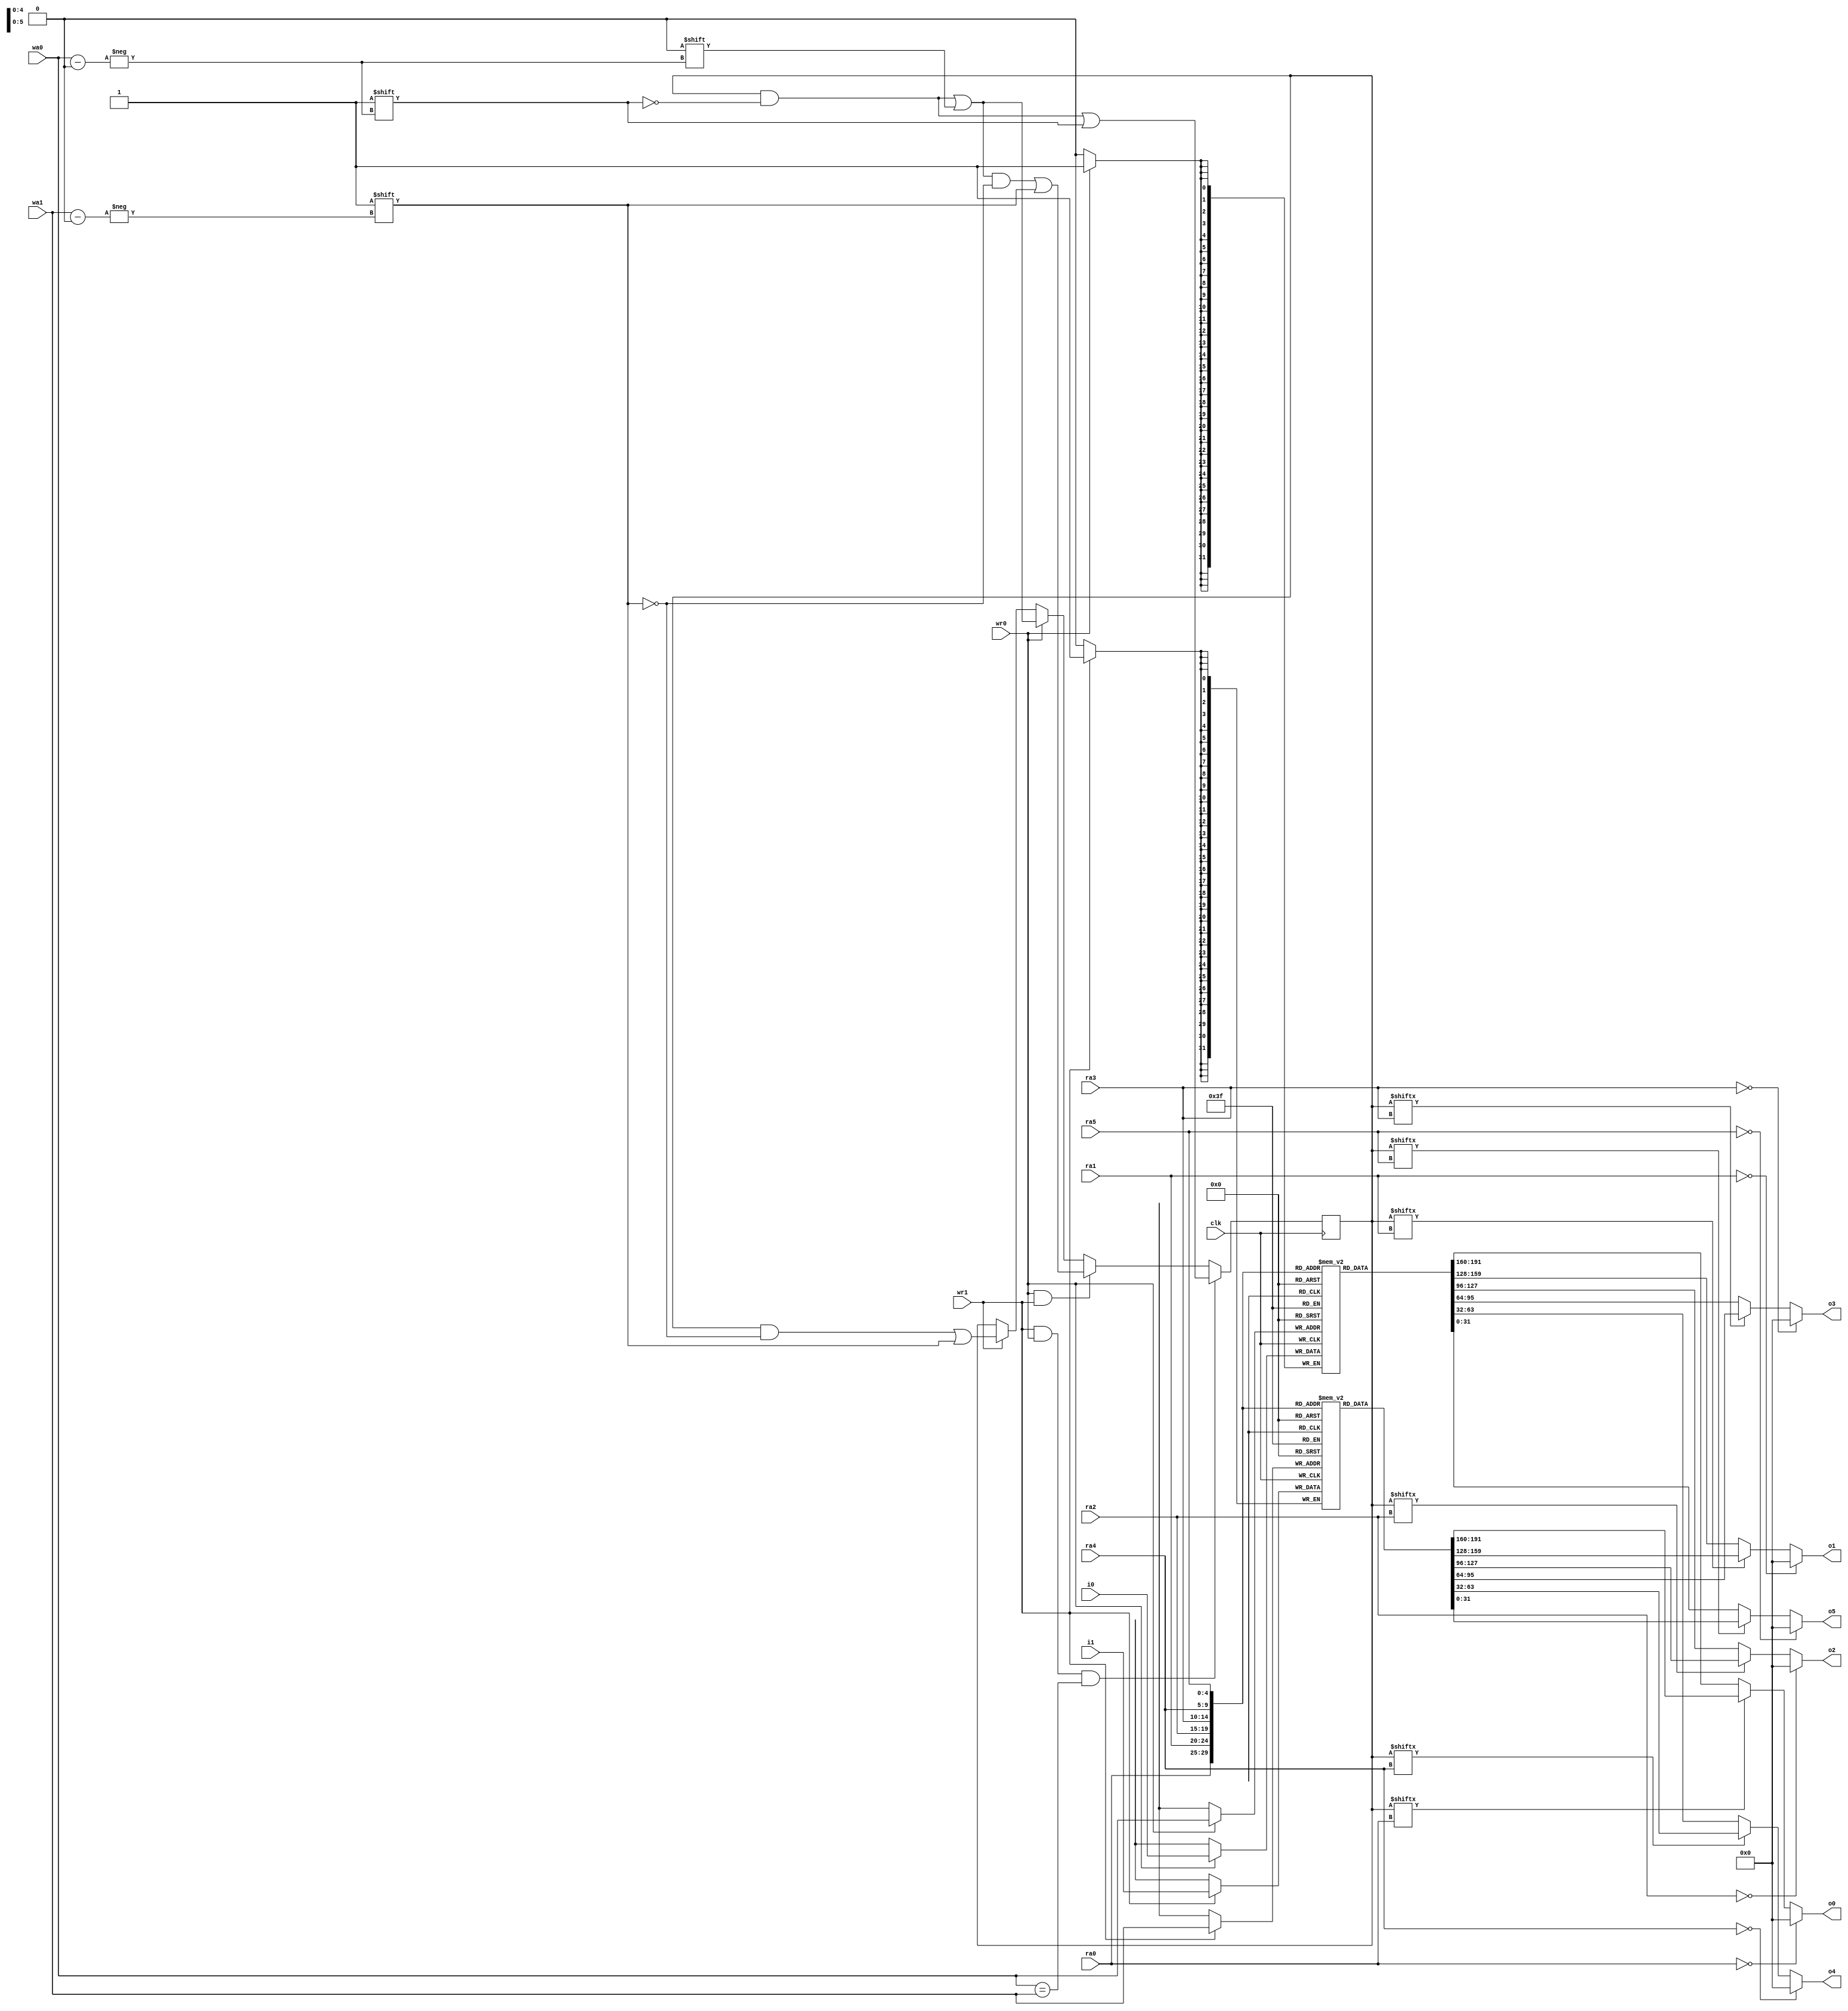
module regfile(
	clk, wr0, wr1, wa0, wa1, ra0, ra1, ra2, ra3, ra4, ra5,
	i0, i1, o0, o1, o2, o3, o4, o5
);
input clk;
input wr0,wr1;
input [4:0] wa0,wa1;
input [4:0] ra0,ra1,ra2,ra3,ra4,ra5;
input [31:0] i0,i1;
output [31:0] o0,o1,o2,o3,o4,o5;

reg [31:0] mem0 [31:0];
reg [31:0] mem1 [31:0];
reg [31:0] tmem;

assign o0 = ra0==5'd0 ? 32'd0 : tmem[ra0] ? mem1[ra0] : mem0[ra0];
assign o1 = ra1==5'd0 ? 32'd0 : tmem[ra1] ? mem1[ra1] : mem0[ra1];
assign o2 = ra2==5'd0 ? 32'd0 : tmem[ra2] ? mem1[ra2] : mem0[ra2];
assign o3 = ra3==5'd0 ? 32'd0 : tmem[ra3] ? mem1[ra3] : mem0[ra3];
assign o4 = ra4==5'd0 ? 32'd0 : tmem[ra4] ? mem1[ra4] : mem0[ra4];
assign o5 = ra5==5'd0 ? 32'd0 : tmem[ra5] ? mem1[ra5] : mem0[ra5];

always @(posedge clk)
	if (wr0)
		mem0[wa0] <= i0;

always @(posedge clk)
	if (wr1)
		mem1[wa1] <= i1;

always @(posedge clk)
	if (wr1 && wr0 && wa0==wa1)	// both write addresses are the same wa1 takes precedence
		tmem[wa0] <= 1'b1;
	else if (wr0 & wr1) begin	// writes on two different addresses
		tmem[wa0] <= 1'b0;
		tmem[wa1] <= 1'b1;
	end
	else if (wr0)
		tmem[wa0] <= 1'b0;
	else if (wr1)
		tmem[wa1] <= 1'b1;
		
endmodule